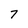
Character: 7